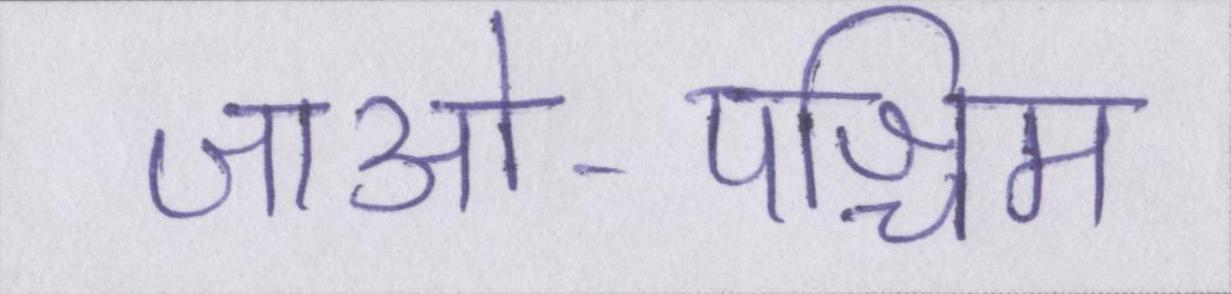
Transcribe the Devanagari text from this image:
जाओ-पश्चिम